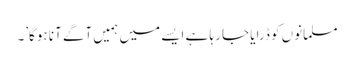
مسلمانوں کو ڈرایا جا رہا ہے ایسے میں ہمیں آگے آنا ہوگا’۔